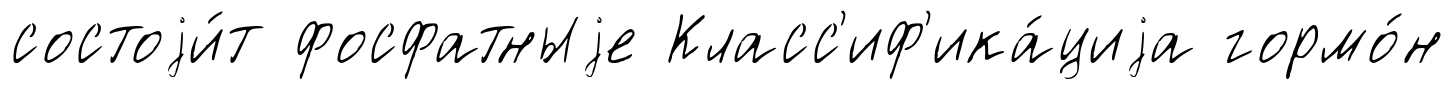
состоjи́т фосфатныjе Класс'иф'ика́циjа гормо́н